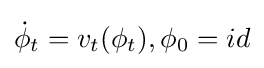
{\dot {\phi }}_{t}=v_{t}(\phi _{t}),\phi _{0}=id